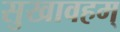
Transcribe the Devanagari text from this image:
सुखावहम्